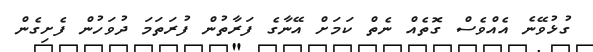
ގުޅުވޭނެ އެއްވެސް ގޮތެއް ނެތް ކަމަށް އޭނާގެ ފަރާތުން ފުރަތަމަ ދުވަހުން ފެށިގެން